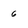
Character: 6